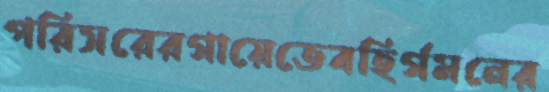
পরিসরেরগায়েতেবহির্গমনের